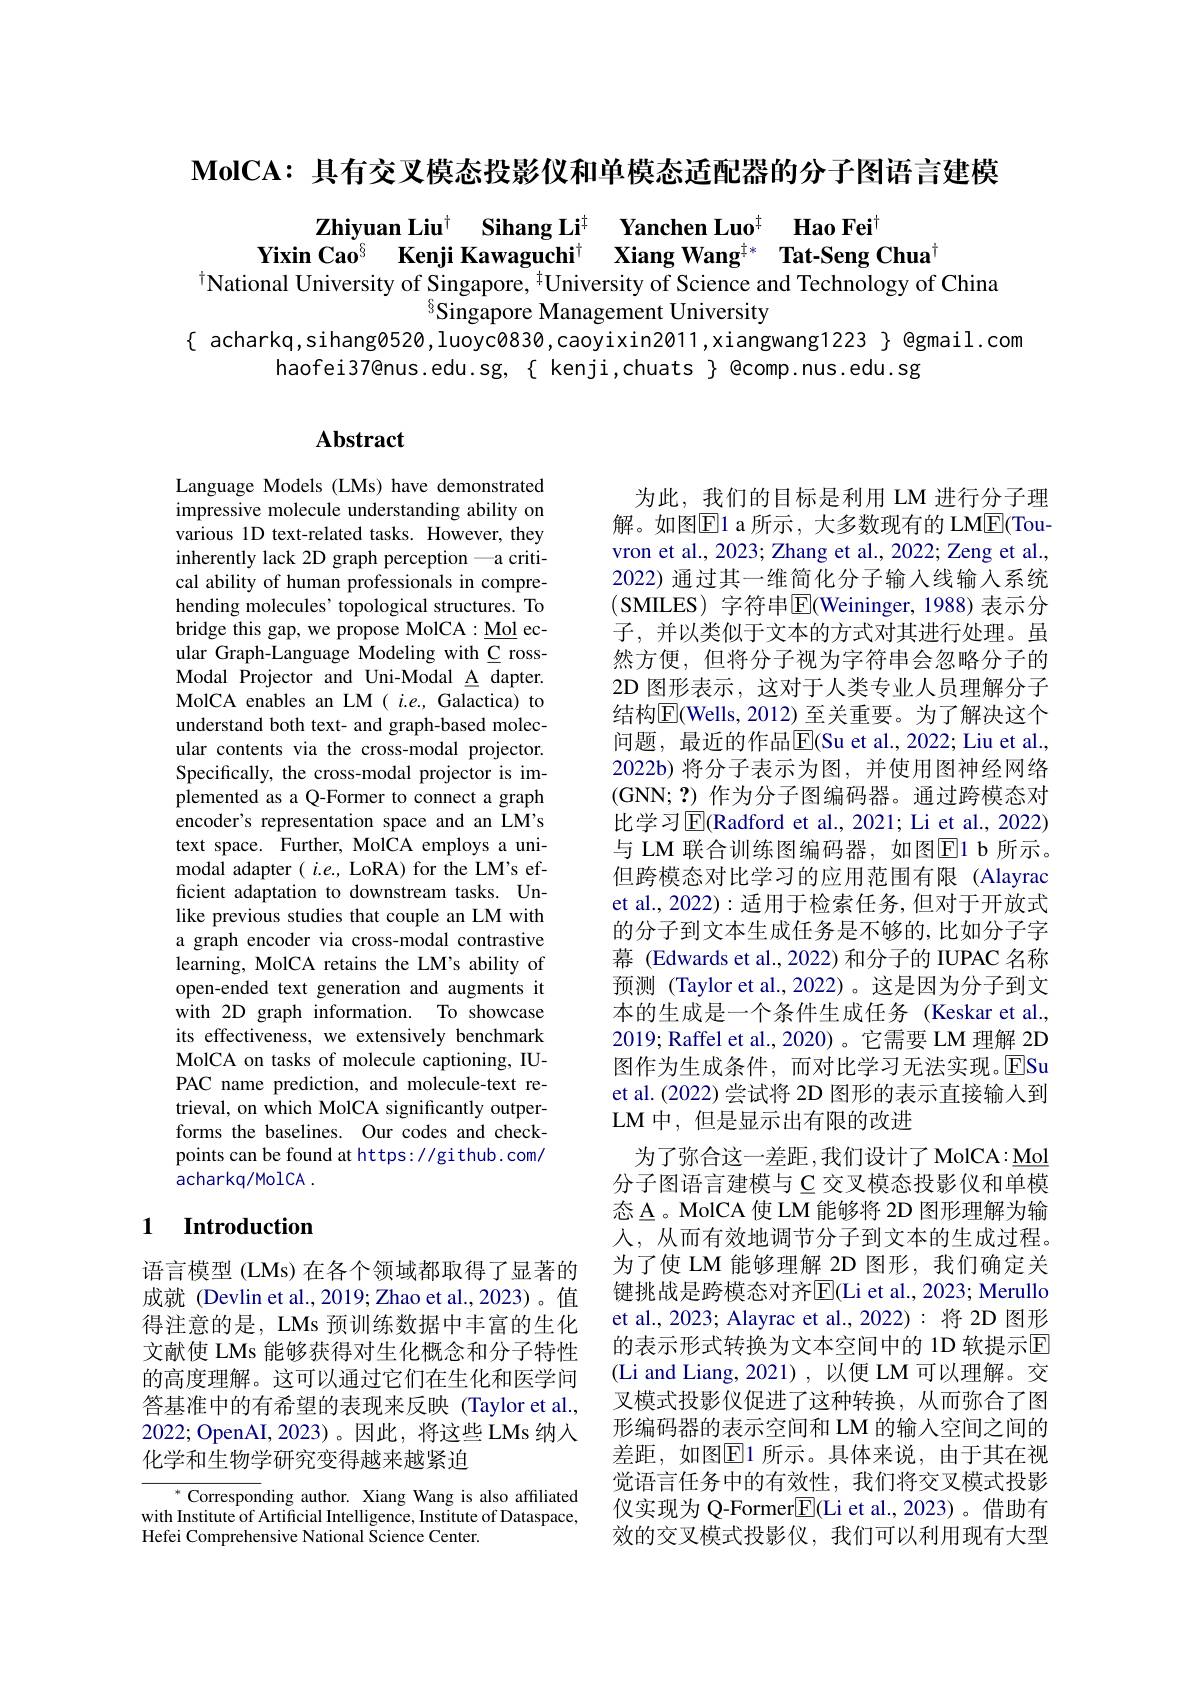
$\mathbf{MolCA:具有交叉模态投影仪和单模态适配器的分子图语言建模}$

$\textbf{Zhiyuan Liu}^{\dagger}\textbf{Sihang Li}^{\dagger}\textbf{ Yanchen Luo}^{\dagger}\textbf{ Hao Fei}^{\dagger}$Yixin Cao$^{\S}\textbf{Kenji Kawaguchi}^{\dagger}\textbf{ Xiang Wang}^{\ddagger*}\textbf{ Tat-Seng Chua}^{\dagger}$ional Universitv of Singanore.$^{\dagger}$Universitv of Science and Technologv of Chin

$^{8}$Singapore Management University
{ acharkq,sihang0520,luoyc0830,caoyixin2011,xiangwang1223} egmail. com
haofei37@nus.edu.sg, { kenji,chuats } @comp.nus.edu.sg

## $\mathbf{Abstract}$

Language Models (LMs) have demonstrated impressive molecule understanding ability on various 1D text-related tasks. However, they inherently lack 2D graph perception —a critical ability of human professionals in comprehending molecules' topological structures. To bridge this gap, we propose MolCA: Mol ecular Graph-Language Modeling with C rossModal Projector and Uni-Modal A dapter. MolCA enables an LM $(i.e.$, Galactica) to understand both text- and graph-based molecular contents via the cross-modal projector. Specifically, the cross-modal projector is implemented as a Q-Former to connect a graph encoder's representation space and an LM's text space. Further, MolCA employs a unimodal adapter( $i.e.$, LoRA) for the LM's efficient adaptation to downstream tasks. Unlike previous studies that couple an LM with a graph encoder via cross-modal contrastive learning, MolCA retains the LM's ability of open-ended text generation and augments it with 2D graph information. To showcase its effectiveness, we extensively benchmark MolCA on tasks of molecule captioning, IUPAC name prediction, and molecule-text retrieval, on which MolCA significantly outperforms the baselines. Our codes and checkpoints can be found at https: //gi thub. com/ acharkq/MolCA .

为此，我们的目标是利用 LM 进行分子理解。如图$\boxed{\mathrm{F}}$1 a 所示，大多数现有的 LM$\boxed{\mathrm{F}}($Touvron et al., 2023; Zhang et al., 2022; Zeng et al. 2022) 通过其一维简化分子输入线输入系统(SMILES) 字符串$\overline{\mathrm{E}}($Weininger, 1988) 表示分子，并以类似于文本的方式对其进行处理。虽然方便，但将分子视为字符串会忽略分子的2D 图形表示，这对于人类专业人员理解分子结构$\overline{\mathrm{E}}$(Wells, 2012) 至关重要。为了解决这个问题，最近的作品$\overline{\mathrm{E}}($Su et al., 2022; Liu et al. 2022b) 将分子表示为图，并使用图神经网络(GNN; ?) 作为分子图编码器。通过跨模态对比学习$\overline{\mathrm{E}}($Radford et al., 2021; Li et al., 2022) 与 LM 联合训练图编码器，如图E1 b 所示。但跨模态对比学习的应用范围有限 (Alayrac et al., 2022):适用于检索任务，但对于开放式的分子到文本生成任务是不够的，比如分子字幕 (Edwards et al., 2022) 和分子的 IUPAC 名称预测 (Taylor et al.,2022)。这是因为分子到文本的生成是一个条件生成任务 (Keskar et al., 2019; Raffel et al., 2020)。它需要 LM 理解 2D 图作为生成条件，而对比学习无法实现。ESu et al. (2022) 尝试将 2D 图形的表示直接输入到LM 中，但是显示出有限的改进
为了弥合这一差距，我们设计了MolCA：Mol 分子图语言建模与 C 交叉模态投影仪和单模态 A。MolCA 使 LM 能够将 2D 图形理解为输人，从而有效地调节分子到文本的生成过程。为了使 LM 能够理解 2D 图形，我们确定关键挑战是跨模态对齐$\overline{\mathrm{E}}($Li et al., 2023; Merullo et al., 2023; Alayrac et al., 2022): 将 2D 图形的表示形式转换为文本空间中的 1D 软提示$\overline{\mathrm{E}}$ (Li and Liang,2021),以便 LM 可以理解。交叉模式投影仪促进了这种转换，从而弥合了图形编码器的表示空间和 LM 的输入空间之间的差距，如图$\overline{\mathbb{E}}$1 所示。具体来说，由于其在视觉语言任务中的有效性，我们将交叉模式投影仪实现为 Q-Former$\boxed{\mathrm{F}}($Li et al.,2023)。借助有效的交叉模式投影仪，我们可以利用现有大型

### 1 Introduction

语言模型 (LMs) 在各个领域都取得了显著的成就 (Devlin et al.,2019;Zhao et al.,2023)。值得注意的是，LMs 预训练数据中丰富的生化文献使 LMs 能够获得对生化概念和分子特性的高度理解。这可以通过它们在生化和医学问答基准中的有希望的表现来反映(Taylor et al., 2022; OpenAI, 2023)。因此，将这些 LMs 纳入化学和生物学研究变得越来越紧迫

$^*$ Corresponding author. Xiang Wang is also affiliated with Institute of Artificial Intelligence, Institute of Dataspace, Hefei Comprehensive National Science Center.